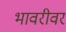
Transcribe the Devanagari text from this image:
भावरीवर